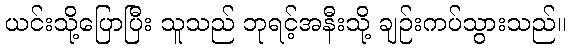
ယင်းသို့ပြောပြီး သူသည် ဘုရင့်အနီးသို့ ချဉ်းကပ်သွားသည်။